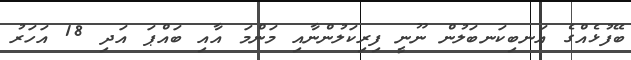
ބޭފުޅެއްގެ އަނބިކަނބަލުން ނޫނީ ފިރިކަލުންނާއި މަންމަ އާއި ބައްޕަ އަދި 18 އަހަރު